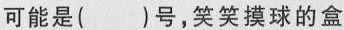
可能是()号，笑笑摸球的盒